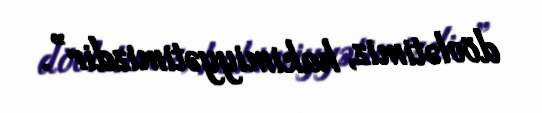
dövlətimiz, hakimiyyətimizdir”.